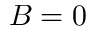
B = 0